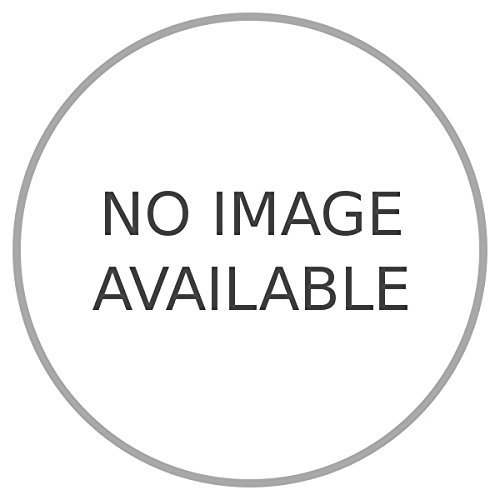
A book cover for Una Missione Scientifica in Somalia.; GRAZIOSI Paolo -; Travel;